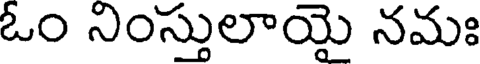
ఓం నింస్తులాయై నమః